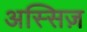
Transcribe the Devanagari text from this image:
अस्सिज़